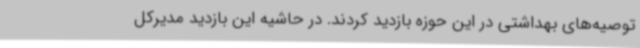
توصیه‌های بهداشتی در این حوزه بازدید کردند. در حاشیه این بازدید مدیرکل